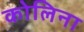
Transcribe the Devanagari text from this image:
कोलिना